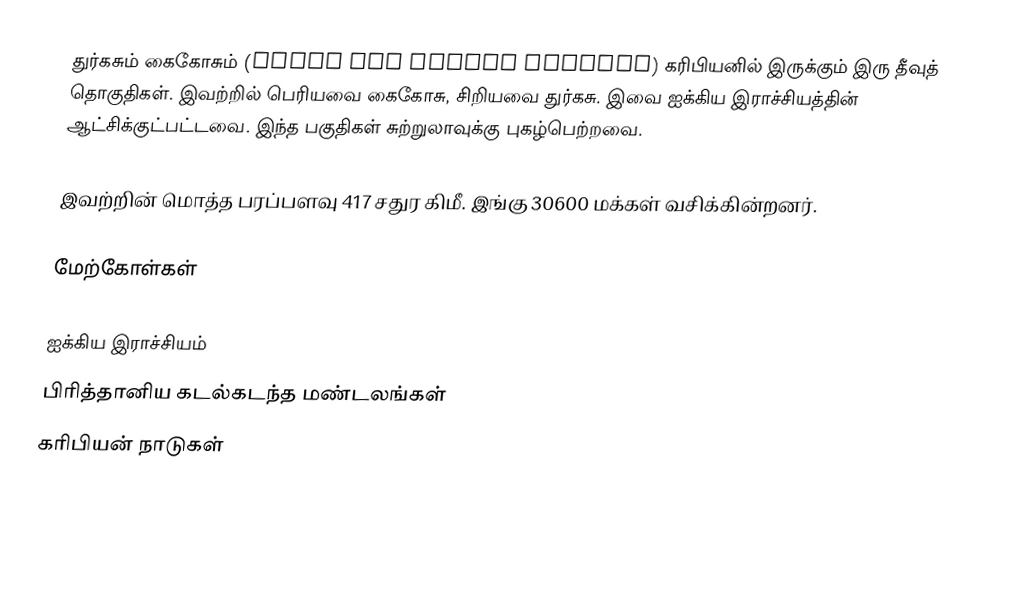
துர்கசும் கைகோசும் (Turks and Caicos Islands) கரிபியனில் இருக்கும் இரு தீவுத் தொகுதிகள். இவற்றில் பெரியவை கைகோசு, சிறியவை துர்கசு. இவை ஐக்கிய இராச்சியத்தின் ஆட்சிக்குட்பட்டவை. இந்த பகுதிகள் சுற்றுலாவுக்கு புகழ்பெற்றவை.

இவற்றின் மொத்த பரப்பளவு 417 சதுர கிமீ. இங்கு 30600 மக்கள் வசிக்கின்றனர்.

மேற்கோள்கள்

ஐக்கிய இராச்சியம்
பிரித்தானிய கடல்கடந்த மண்டலங்கள்
கரிபியன் நாடுகள்